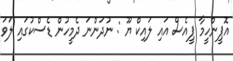
އޮޕީންހީމާ ޕީއެސް އައި ލައިކް ޔޫ : ނުދަންނަ ދެމީހުން ޑެސްކުގައި ލަވަ